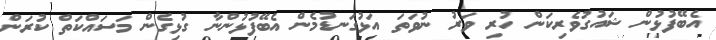
އެބޭފުޅުން ޝައުގުވެރިކަން ހުރި ވަރު ނުވަތަ އަޅުގަނޑުމެން އެބޭފުޅުންނާ ގުޅިގެން މަސައްކަތް ކުރަން